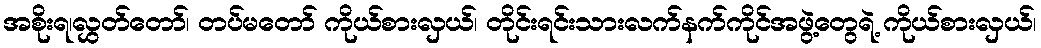
အစိုးရ၊လွှတ်တော်၊ တပ်မတော် ကိုယ်စားလှယ်၊ တိုင်းရင်းသားလက်နက်ကိုင်အဖွဲ့တွေရဲ့ ကိုယ်စားလှယ်၊